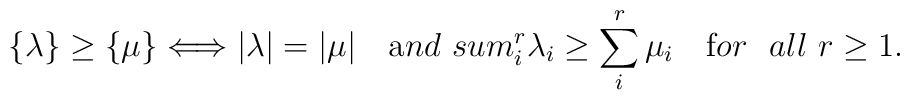
\{ \lambda \} \geq \{ \mu \} \Longleftrightarrow|\lambda|=|\mu| \ \ \  {\mbox and} \ \ \\sum_i^r \lambda_i \geq \sum_i^r \mu_i \ \ \ {\mbox for \ \  all} \ r \geq 1.